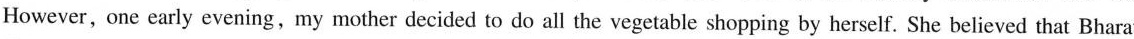
However, one early evening,my mother decided to do all the vegetable shopping by herself. She believed that Bharat